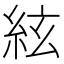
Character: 絃